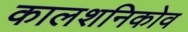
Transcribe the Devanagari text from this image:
कालशनिकोव